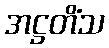
အဋ္ဌတိံသ